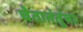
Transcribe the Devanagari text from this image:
चेतातंतूंचा